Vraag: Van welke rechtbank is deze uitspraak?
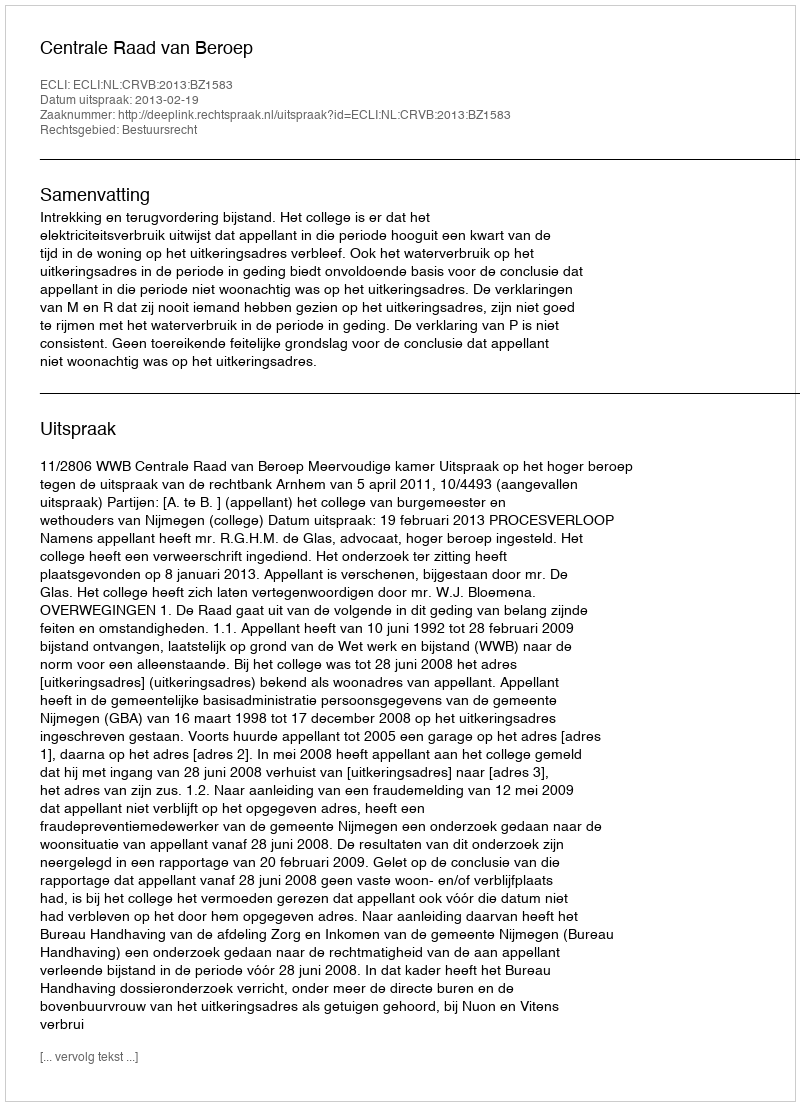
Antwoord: Centrale Raad van Beroep